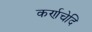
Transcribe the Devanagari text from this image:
कर्णचेदि